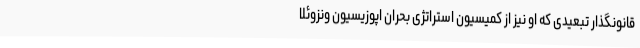
قانونگذار تبعیدی که او نیز از کمیسیون استراتژی بحران اپوزیسیون ونزوئلا